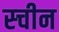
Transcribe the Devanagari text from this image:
स्चीन